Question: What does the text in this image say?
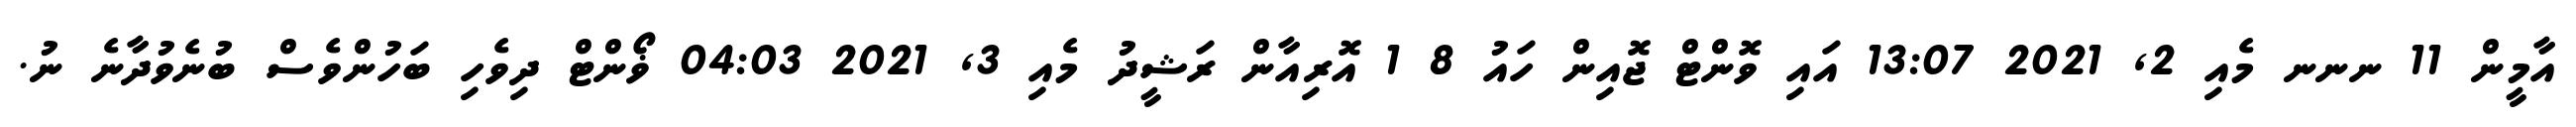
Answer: އާމީން 11 ނނނ މެއި 2, 2021 13:07 އައި ވޮންޓް ޖޮއިން ހައު 8 1 އޮރިއާން ރަޝީދު މެއި 3, 2021 04:03 ޥޯންޓް ދިވެހި ބަހުންވެސް ބުނެވުދާނެ ނު.